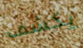
يكشف